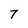
Character: 7